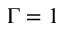
\Gamma = 1